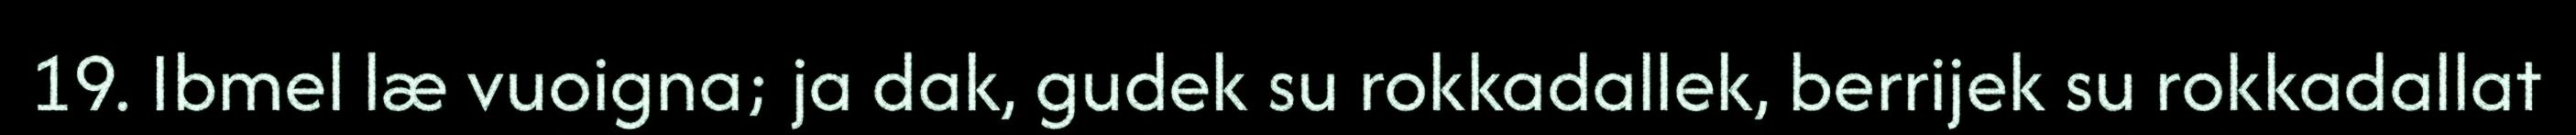
19. Ibmel læ vuoigna; ja dak, gudek su rokkadallek, berrijek su rokkadallat